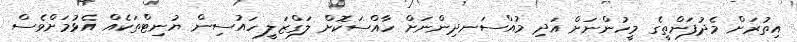
އިތުރަށް މެދުފަންތީގެ މީހުންނަށް އަދި މުއްސަނދިންނަށް ހާއްސަކޮށް ލަގްޒަލީ ހައުސިން ޔުނިޓްތަކެއް އެޅުމަށްވެސް